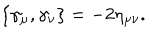
LaTeX: \{ \gamma _ { \mu } , \gamma _ { \nu } \} = - 2 \eta _ { \mu \nu } .